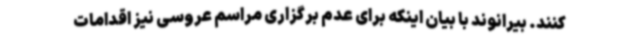
کنند. بیرانوند با بیان اینکه برای عدم برگزاری مراسم عروسی نیز اقدامات